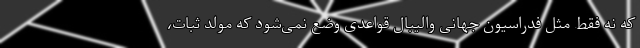
که نه فقط مثل فدراسیون جهانی والیبال قواعدی وضع نمی‌شود که مولد ثبات،